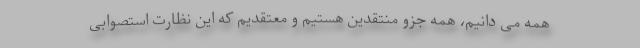
همه می دانیم، همه جزو منتقدین هستیم و معتقدیم که این نظارت استصوابی